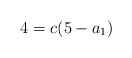
\begin{align*}4=c(5-a_1) \end{align*}